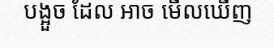
បង្អួច ដែល អាច មើលឃើញ